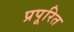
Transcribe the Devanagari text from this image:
प्रपूरित